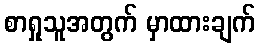
စာရှုသူအတွက် မှာထားချက်